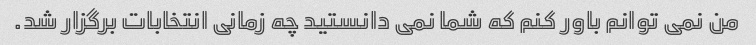
من نمی توانم باور کنم که شما نمی دانستید چه زمانی انتخابات برگزار شد.